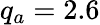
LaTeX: q_{a}=2.6